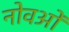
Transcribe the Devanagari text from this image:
नोवओं